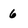
Character: 6